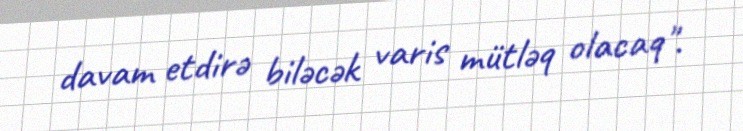
davam etdirə biləcək varis mütləq olacaq".